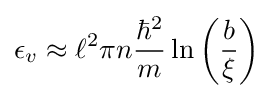
\epsilon _{v}\approx \ell ^{2}\pi n{\frac {\hbar ^{2}}{m}}\ln \left({\frac {b}{\xi }}\right)